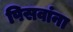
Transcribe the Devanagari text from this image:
पिसवांना